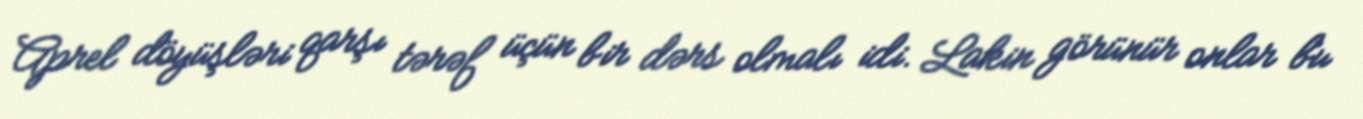
Aprel döyüşləri qarşı tərəf üçün bir dərs olmalı idi. Lakin görünür onlar bu